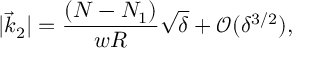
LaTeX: | \vec { k } _ { 2 } | = { \frac { ( N - N _ { 1 } ) } { w R } } \sqrt { \delta } + { \mathcal { O } } ( \delta ^ { 3 / 2 } ) ,